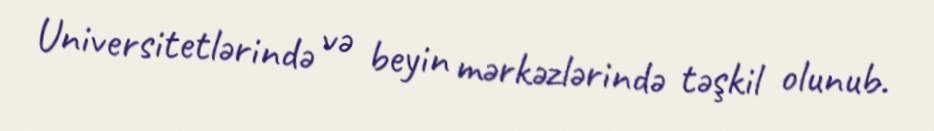
Universitetlərində və beyin mərkəzlərində təşkil olunub.